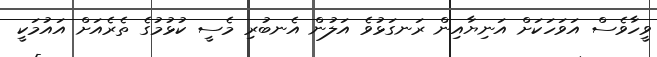
ވީހާވެސް އަވަހަކަށް އަނިޔާއިން ރަނގަޅުވެ އަލުން އެނބުރި މެސީ ކުޅުމުގެ ތެރެއަށް އައުމަކީ